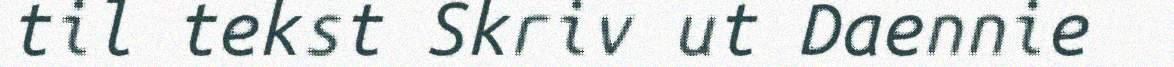
til tekst Skriv ut Daennie